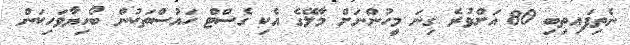
ނެތިފައިތިބި 80 އަށްވުރެ ގިނަ މީހުންނަށް މާލޭގެ އެކި ގެސްޓް ހައުސްތަކުން ބޯހިޔާވަހިކަން